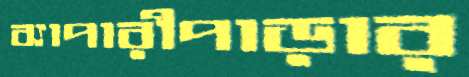
ব্যাপারীপাড়ার